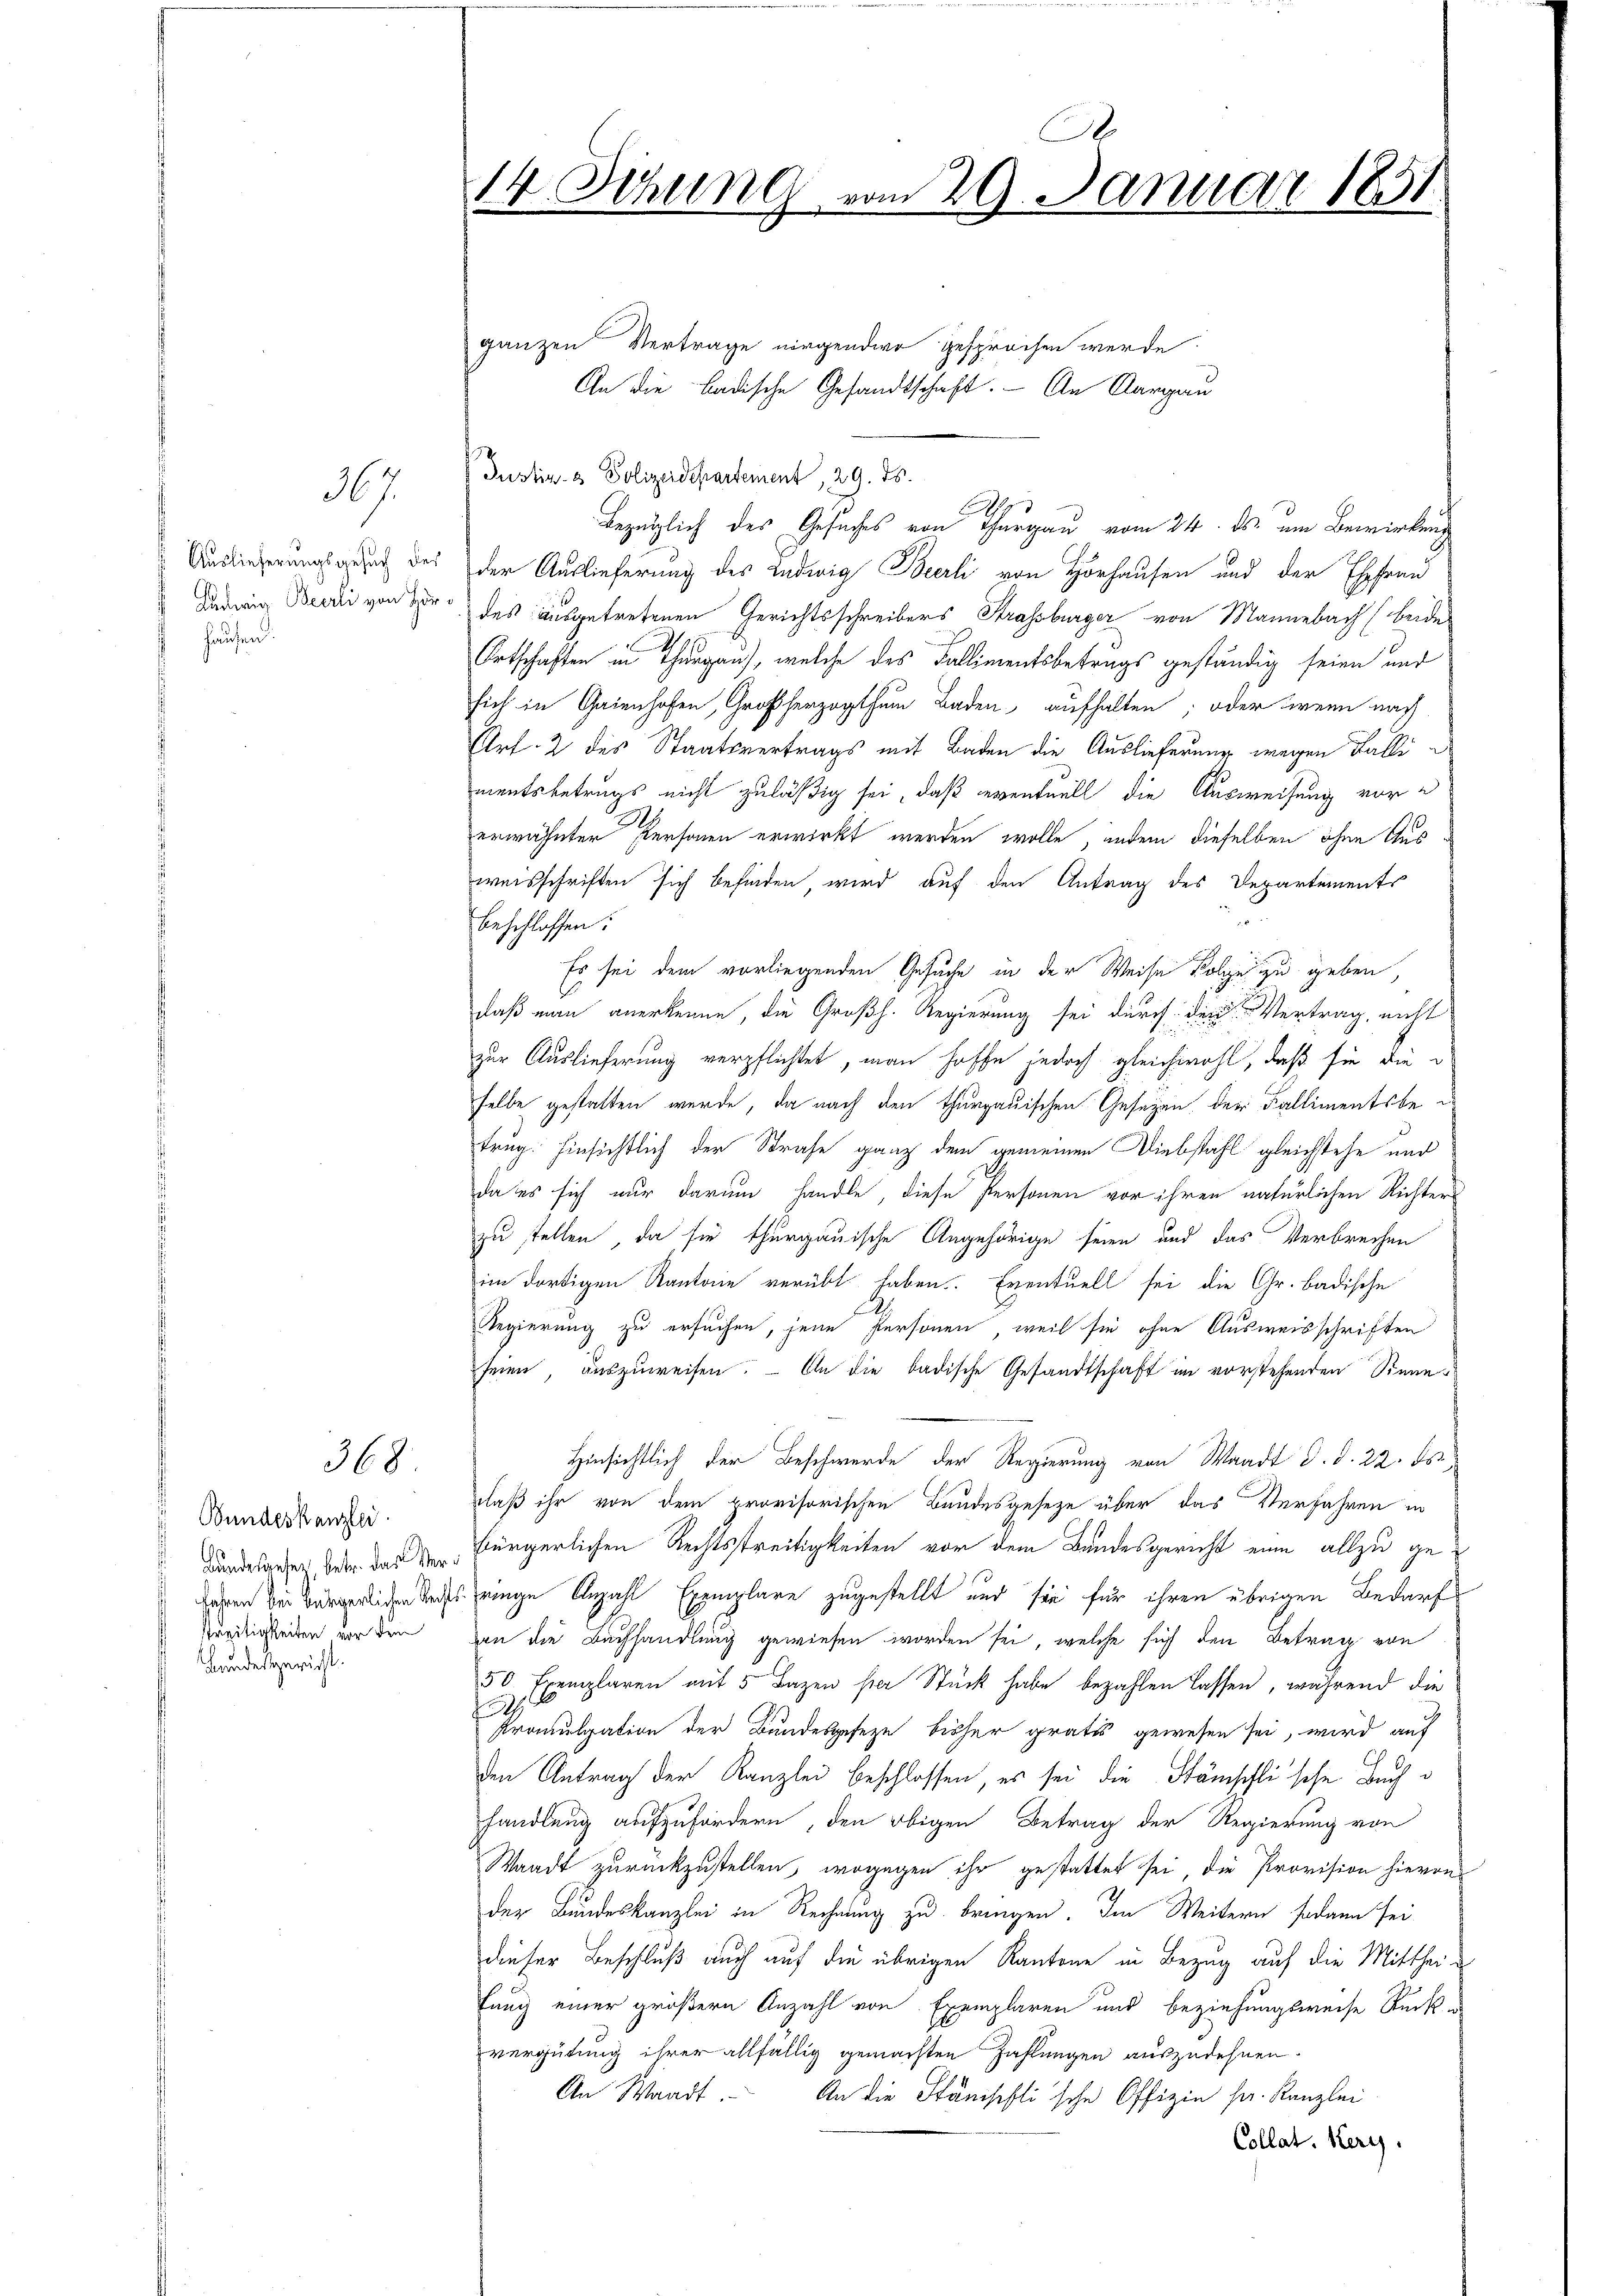
367.

Auslieferungsgesuch des
Luderia Beer von Her
hausen:

368.

Bundeskanzlei
Bundesgesezt, betr. das Ver¬
 fahren bei Bürgerlichen Recht,
streitigkeiten vor dem
Bundesgericht.

x
14. Sitzung vom 29. Januar 1851

ganzen Vertrage nirgendwo gesprochen werde.
An die Badische Gesandtschaft. - An Aargau
Justiz & Polizeidepartement, 29. ds.
Bezüglich des Gesuches von Thurgau vom 24. ds. um Bewirkung
der Auslieferung des Ludwig Beerli von Horhausen und der Ehefrau
des ausgetretenen Gerichtsschreibers Strassburger von Mannebach (beide
Ortschaften in Thurgau, welche des Fallimentsbetrugs geständig seien und
sich in Grienhofen, Großherzogthum Baden aufhalten; oder wenn nach
Art. 2 des Staatsvertrags mit Baden die Auslieferung wegen Falli d
mentsbetrugs nicht zuläßig sei, daß eventuell die Ausweisung vor e
erwähnter Personen erwirkt werden wolle, ander dieselben ohne Aus
weisschriften sich befinden wird auf den Antrag des Departements
beschlossen:
Es sei dem vorliegenden Gesuche in der Weise Folge zu geben
daß man anerkenne, die Großh. Regierung sei durch die Vertrag, nicht
zur Auslieferung verpflichtet, man hoffe jedoch gleichwohl, daß sie die
selbe gestatten wurde, da nach den thurgauischen Gesezen der Fallimentsbetrug hinsichtlich der Strafe ganz dem gemeinen Diebstahl gleichstehe und
da es sich nur darum handle, diese Personen vor ihren natürlichen Richters
zu stellen, da sie thurgauische Angehörige seien und das Verbrechen
im dortigen Kantone verübt haben. Eventuell sei die Gr. badische
Regierung zu ersuchen, jene Personen, weil sie ohne Ausweisschriften
seien auszuweisen. – An die badische Gesandtschaft im vorstehenden Sinne¬
Hinsichtlich der Beschwerde der Regierung von Waadt d. d. 22. ds.
Daß ihr von dem provisorischen Bundesgesetze über das Verfahren in
bürgerlichen Rechtstreitigkeiten vor dem Bandesgericht eine allzu geringe Anzahl Exemplare zugestellt und sie für ihren übrigen Bedarf
ven die Buchhandlung gewiesen worden sei, welche sich den Betrag von
50 Exemplaren mit 5 Bazen sei Stück habe bezahlen lassen, während die
Promulgation der Bundesgeseze bisher gratis gewesen sei, wird auf
den Antrag der Kanzlei beschlossen, es sei die Stämschlische Buch
handlung aufzufordern, den obigen Betrag der Regierung von
Waadt zurückzustellen, wogegen ihr gestattet sei, die Provision hievon
der Bundeskanzlei in Rechnung zu bringen. Im Weitern sodann sei
dieser Beschluß auch auf die übrigen Kantone in Bezug auf die Mittheifung einer größern Anzahl von Exemplaren und beziehungsweise Rücke
vergütung ihrer allfällig gemachten Zahlungen auszudehnen.
An Waadt. An die Stanischlische Offizin sr. Kanzlei
Collat. Herz.